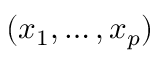
( \boldsymbol { x } _ { 1 } , \ldots , \boldsymbol { x } _ { p } )